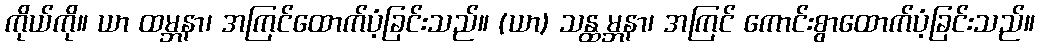
ကိုယ်ကို။ ယာ ထမ္ဘနာ၊ အကြင်ထောက်ပံ့ခြင်းသည်။ (ယာ) သန္ထမ္ဘနာ၊ အကြင် ကောင်းစွာထောက်ပံ့ခြင်းသည်။